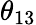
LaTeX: \theta_{13}